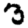
Digit: 3